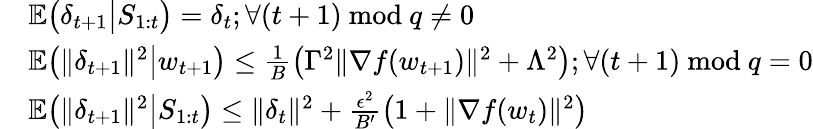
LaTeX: \begin{array}{rl}&{\mathbb{E}\big(\delta_{t+1}\big|S_{1:t}\big)=\delta_{t};\forall(t+1)~\mathrm{mod}~q\ne 0}\\ &{\mathbb{E}\big(\| \delta_{t+1}\| ^{2}\big|w_{t+1}\big)\le\frac{1}{B}\big(\Gamma^{2}\| \nabla f(w_{t+1})\| ^{2}+\Lambda^{2}\big);\forall(t+1)~\mathrm{mod}~q=0}\\ &{\mathbb{E}\big(\| \delta_{t+1}\| ^{2}\big|S_{1:t}\big)\le\| \delta_{t}\| ^{2}+\frac{\epsilon^{2}}{B^{\prime}}\big(1+\| \nabla f(w_{t})\| ^{2}\big)}\end{array}